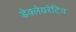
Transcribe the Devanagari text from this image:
डेक्लेयरेटिव